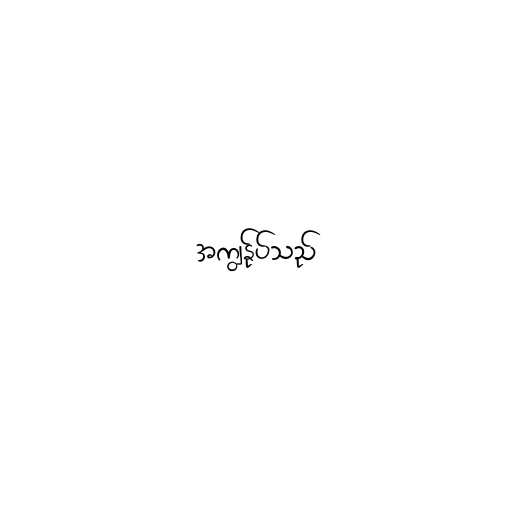
အကျွန်ုပ်သည်